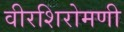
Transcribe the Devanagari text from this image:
वीरशिरोमणी